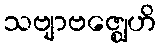
သဗျာဗဇ္ဈေဟိ